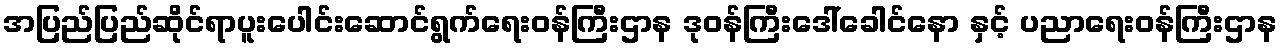
အပြည်ပြည်ဆိုင်ရာပူးပေါင်းဆောင်ရွက်ရေးဝန်ကြီးဌာန ဒုဝန်ကြီးဒေါ်ခေါင်နော နှင့် ပညာရေးဝန်ကြီးဌာန